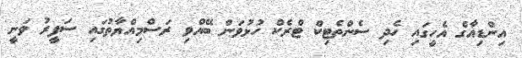
އިންޑިއާގެ އެހީގައި ހެދި ސެންތެޓިކް ޓްރެކް ހުޅުވަން ބޭއްވި ރަސްމިއްޔާތުގައި ސަފީރު ވަނީ